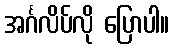
အင်္ဂလိပ်လို ပြောပါ။